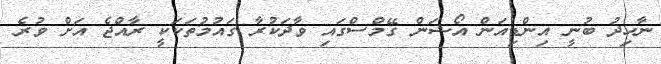
ނާހިދު ބުނީ އިންޑިއަން އޯޝަން ގޭމްސްގައި ވާދަކުރާ ގައުމުތަކަކީ ރާއްޖެ އަށް ވުރެ